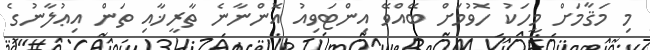
މި މަޤާމަށް މީހަކު ހޮވުމަށް ބޭއްވޭ އިންޓަވިއު އޮންނާނެ ތާރީޚާއި ތަން އިޢުލާނުގެ